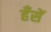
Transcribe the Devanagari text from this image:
हँसें